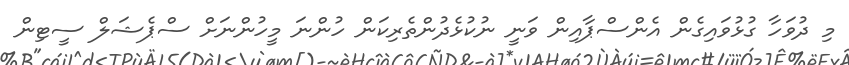
މި ދުވަހާ ގުޅުވައިގެން އެންސްޕާއިން ވަނީ ނުކުޅެދުންތެރިކަން ހުންނަ މީހުންނަށް ސްޕެޝަލް ސީޓިން